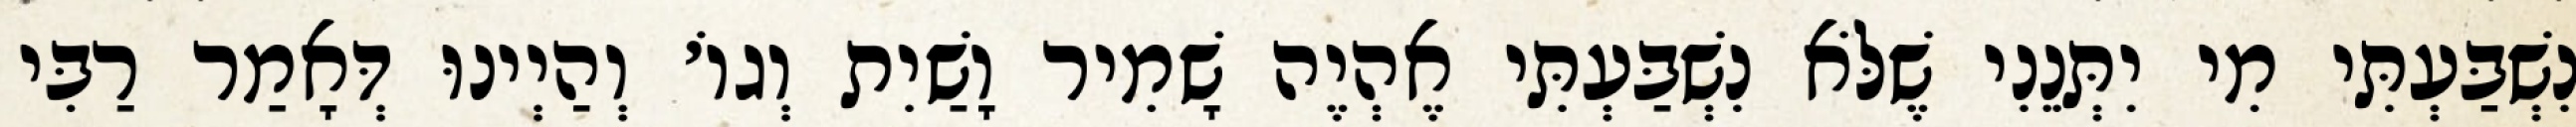
נִשְׁבַּעְתִּי מִי יִתְּנֵנִי שֶׁלֹּא נִשְׁבַּעְתִּי אֶהְיֶה שָׁמִיר וָשַׁיִת וְגוֹ׳ וְהַיְינוּ דְּאָמַר רַבִּי